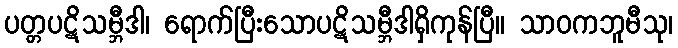
ပတ္တပဋိသမ္ဘီဒါ၊ ရောက်ပြီးသောပဋိသမ္ဘီဒါရှိကုန်ပြီ။ သာဝကဘူမီသု၊